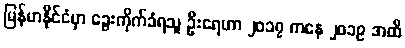
မြန်မာနိုင်ငံမှာ ခွေးကိုက်ခံရသူ ဦးရေဟာ ၂၀၁၇ ကနေ ၂၀၁၉ အထိ